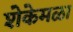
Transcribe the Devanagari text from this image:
शेकेमळा